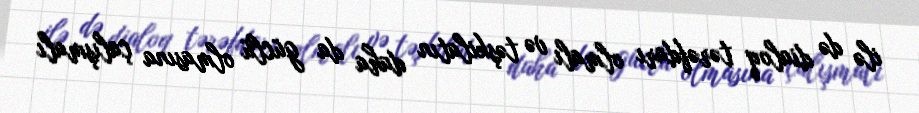
ilə də dialoq tərəfdarı olmalı və təşkilatın daha da güclü olmasına çalışmalı